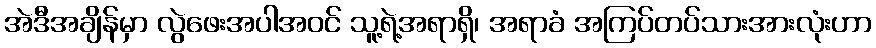
အဲဒီအချိန်မှာ လွဲဖေးအပါအဝင် သူ့ရဲ့အရာရှိ၊ အရာခံ အကြပ်တပ်သားအားလုံးဟာ